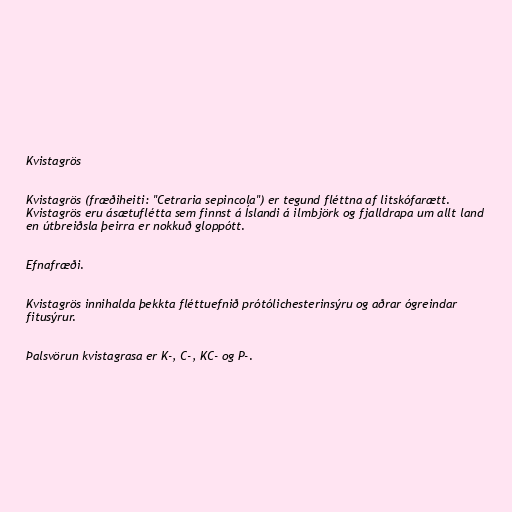
Kvistagrös

Kvistagrös (fræðiheiti: "Cetraria sepincola") er tegund fléttna af litskófarætt.
Kvistagrös eru ásætuflétta sem finnst á Íslandi á ilmbjörk og fjalldrapa um allt land
en útbreiðsla þeirra er nokkuð gloppótt.

Efnafræði.

Kvistagrös innihalda þekkta fléttuefnið prótólichesterinsýru og aðrar ógreindar
fitusýrur.

Þalsvörun kvistagrasa er K-, C-, KC- og P-.